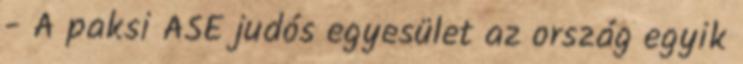
- A paksi ASE judós egyesület az ország egyik